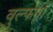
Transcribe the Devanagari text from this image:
वुल्फगाँ